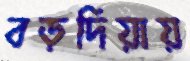
বড়দিয়ায়